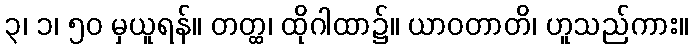
၃၊ ၁၊ ၅၀ မှယူရန်။ တတ္ထ၊ ထိုဂါထာ၌။ ယာဝတာတိ၊ ဟူသည်ကား။